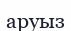
аруыз